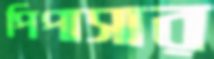
পিপাসার